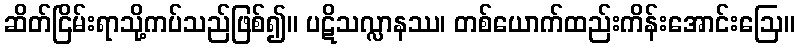
ဆိတ်ငြိမ်းရာသို့ကပ်သည်ဖြစ်၍။ ပဋိသလ္လာနဿ၊ တစ်ယောက်ထည်းကိန်းအောင်းဩေ။